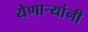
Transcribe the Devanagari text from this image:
येणाऱ्यांनी